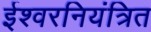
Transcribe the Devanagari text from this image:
ईश्वरनियंत्रित